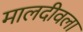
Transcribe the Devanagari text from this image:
मालदीवला